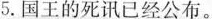
5.国王的死讯已经公布。